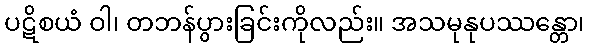
ပဋိစယံ ဝါ၊ တဘန်ပွားခြင်းကိုလည်း။ အသမုနုပဿန္တော၊